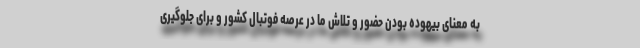
به معنای بیهوده بودن حضور و تلاش ما در عرصه فوتبال کشور و برای جلوگیری